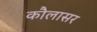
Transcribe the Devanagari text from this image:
कौलासर